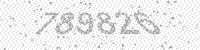
Solution: 789826